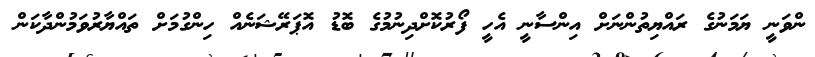
ންވަނީ ޔަމަނުގެ ރައްޔިތުންނަށް އިންސާނީ އެހީ ފޯރުކޮށްދިނުމުގެ ބޮޑު އޮޕަރޭޝަނެއް ހިންގުމަށް ތައްޔާރުވަމުންދާކަން